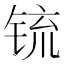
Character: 锍